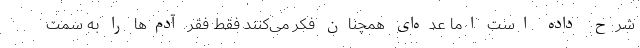
شرح داده است اما عده‌ای همچنان فکر می‌کنند فقط فقر آدم‌ها را به سمت